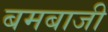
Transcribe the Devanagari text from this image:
बमबाजी